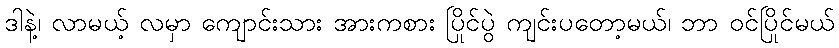
ဒါနဲ့၊ လာမယ့် လမှာ ကျောင်းသား အားကစား ပြိုင်ပွဲ ကျင်းပတော့မယ်၊ ဘာ ဝင်ပြိုင်မယ်